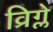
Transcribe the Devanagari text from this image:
व्रिग्ले